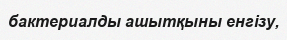
бактериалды ашытқыны енгізу,